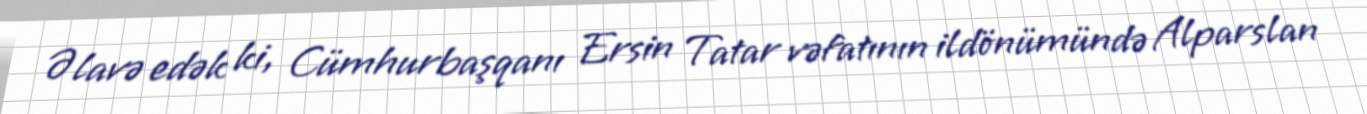
Əlavə edək ki, Cümhurbaşqanı Ersin Tatar vəfatının ildönümündə Alparslan